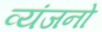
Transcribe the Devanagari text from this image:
व्‍यंजनो